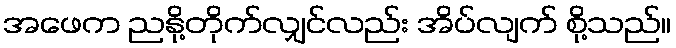
အဖေက ညနို့တိုက်လျှင်လည်း အိပ်လျက် စို့သည်။